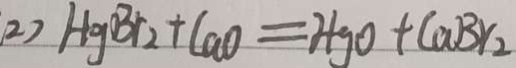
( 2 ) H g B r _ { 2 } + C a O = H g O + C a B r _ { 2 }